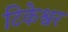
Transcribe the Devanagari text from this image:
टिकेश्वर